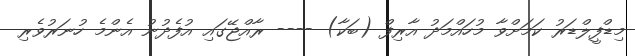
މިޑްފީލްޑަރު ކަމަށްވާ މުހައްމަދު އާރިފް (ބަކާ) ---- ރާއްޖޭގައި އުފެދުނު އެންމެ ހުނަރުވެރި